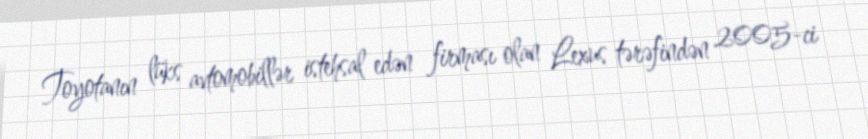
Toyotanın lüks avtomobillər istehsal edən firması olan Lexus tərəfindən 2005-ci